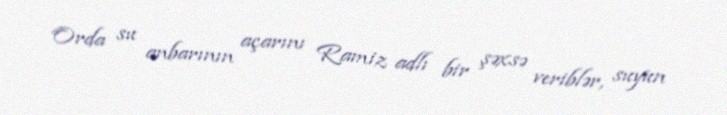
Orda su anbarının açarını Ramiz adlı bir şəxsə veriblər, suyun